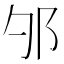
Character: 𲆏